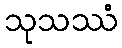
သုသဿံ